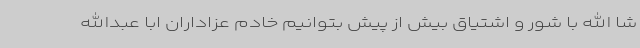
شا الله با شور و اشتیاق بیش از پیش بتوانیم خادم عزاداران ابا عبدالله